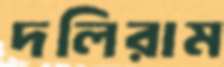
দলিরাম